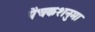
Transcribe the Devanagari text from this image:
पेंचकशनुमा